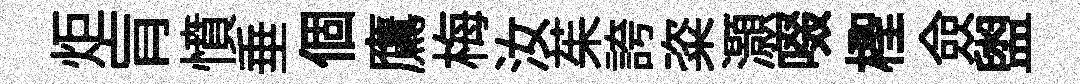
炬肓憤垂個鷹梅汝茱誇粢灝啜檉僉盥